Rangoon Lunatic Asylum 1878-1892 - 1878-1892
Year: 1878
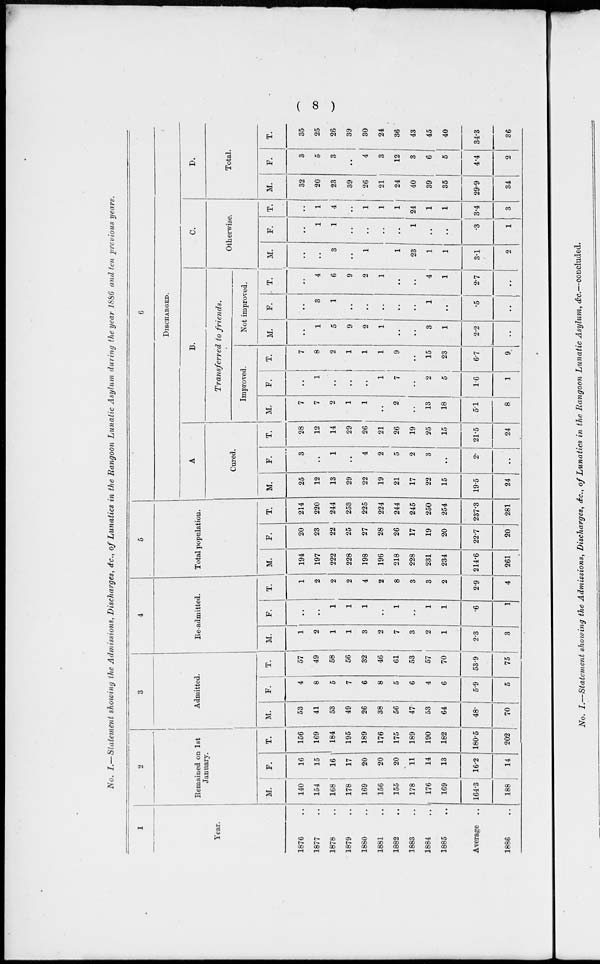
( 8 )
No. I.— Statement showing the Admissions, Discharges, &c., of Lunatics in the Rangoon Lunatic Asylum during the year 1886 and ten previous years.
1
Year.
1876 ..
1877 ..
1878 ..
1879 ..
1880 ..
1881 ..
1882 ..
1883 ..
1884 ..
1885 ..
Average
1886 ..
2
Remained on 1st
January.
M.
140
154
168
178
169
156
155
178
176
169
164.3
188
F.
16
15
16
17
20
20
20
11
14
13
16.2
14
T.
156
169
184
195
189
176
175
189
190
182
180.5
202
3
Admitted.
M.
53
41
53
49
26
38
56
47
53
64
48.
70
F.
4
8
5
7
6
8
5
6
4
6
5.9
5
T.
57
49
58
56
32
46
61
53
57
70
53.9
75
4
Re-admitted.
M.
1
2
1
1
3
2
7
3
2
1
2.3
3
F.
..
..
1
1
1
..
1
..
1
1
.6
1
T.
1
2
2
2
4
2
8
3
3
2
2.9
4
5
Total population.
M.
194
197
222
228
198
196
218
228
231
234
214.6
261
F.
20
23
22
25
27
28
26
17
19
20
22.7
20
T.
214
220
244
253
225
224
244
245
250
254
237.3
281
6
DISCHARGED.
A.
Cured.
M.
25
12
13
29
22
19
21
17
22
15
19.5
24
F.
3
..
1
..
4
2
5
2
3
..
2.
..
T.
28
12
14
29
26
21
26
19
25
15
21.5
24
B.
Transferred to friends.
Improved.
M.
7
7
2
1
1
..
2
..
13
18
5.1
8
F.
..
1
..
..
..
1
7
..
2
5
1.6
1
T.
7
8
2
1
1
1
9
..
15
23
6.7
9
Not improved.
M.
..
1
5
9
2
1
..
..
3
1
2.2
..
F.
..
3
1
..
..
..
..
..
1
..
.5
..
T.
..
4
6
9
2
1
..
..
4
1
2.7
..
C.
Otherwise.
M.
..
..
3
..
1
1
1
23
1
1
3.1
2
F.
..
1
1
..
..
..
..
1
..
..
.3
1
T.
..
1
4
..
1
1
1
24
1
1
3.4
3
D.
Total.
M.
32
20
23
39
26
21
24
40
39
35
29.9
34
F.
3
5
3
..
4
3
12
3
6
5
4.4
2
T.
35
25
26
39
30
24
36
43
45
40
34.3
36